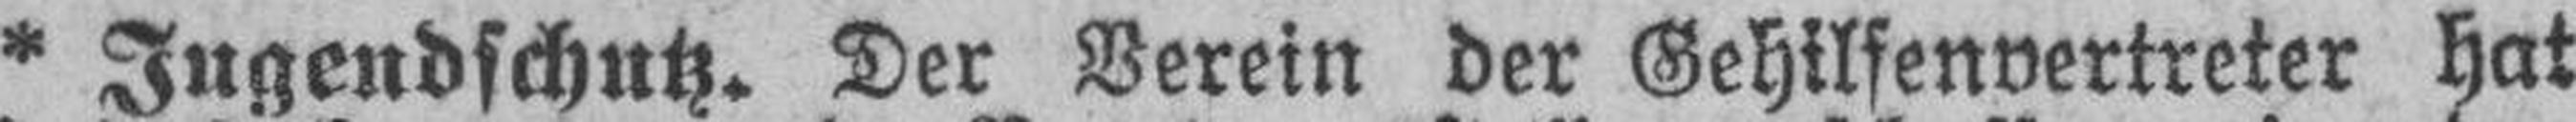
* Jugendschutz. Der Verein der Gehilfenvertreter hat